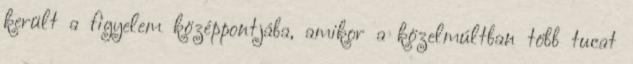
került a figyelem középpontjába, amikor a közelmúltban több tucat